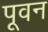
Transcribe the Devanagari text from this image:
पूवन